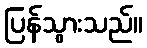
ပြန်သွားသည်။